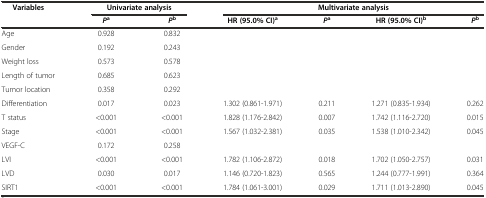
| <ROWSPAN=2> Variables | <COLSPAN=2> Univariate analysis | <COLSPAN=4> Multivariate analysis |
 | Pa | Pb | HR (95.0% CI)a | Pa | HR (95.0% CI)b | Pb |
 | --- | --- | --- | --- | --- | --- | --- |
 | Age | 0.928 | 0.832 |  |  |  |  |
 | Gender | 0.192 | 0.243 |  |  |  |  |
 | Weight loss | 0.573 | 0.578 |  |  |  |  |
 | Length of tumor | 0.685 | 0.623 |  |  |  |  |
 | Tumor location | 0.358 | 0.292 |  |  |  |  |
 | Differentiation | 0.017 | 0.023 | 1.302 (0.861-1.971) | 0.211 | 1.271 (0.835-1.934) | 0.262 |
 | T status | <0.001 | <0.001 | 1.828 (1.176-2.842) | 0.007 | 1.742 (1.116-2.720) | 0.015 |
 | Stage | <0.001 | <0.001 | 1.567 (1.032-2.381) | 0.035 | 1.538 (1.010-2.342) | 0.045 |
 | VEGF-C | 0.172 | 0.258 |  |  |  |  |
 | LVI | <0.001 | <0.001 | 1.782 (1.106-2.872) | 0.018 | 1.702 (1.050-2.757) | 0.031 |
 | LVD | 0.030 | 0.017 | 1.146 (0.720-1.823) | 0.565 | 1.244 (0.777-1.991) | 0.364 |
 | SIRT1 | <0.001 | <0.001 | 1.784 (1.061-3.001) | 0.029 | 1.711 (1.013-2.890) | 0.045 |